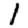
Digit: 1